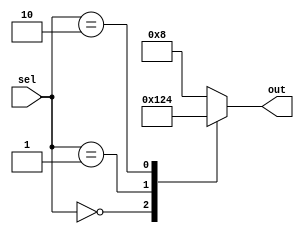
module priority_case_example(
    input [1:0] sel,
    output reg [3:0] out
);

always @(*)
begin
    case (sel)
        2'b00: out <= 4'b0001;
        2'b01: out <= 4'b0010;
        2'b10: out <= 4'b0100;
        default: out <= 4'b1000;
    endcase
end

endmodule